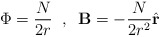
\begin{align*}\Phi = \frac{N}{2r} \;\; , \;\; \mathbf{B} = -\frac{N}{2r^2}\hat{\mathbf{r}}\end{align*}